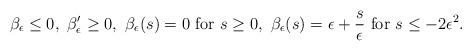
LaTeX: \begin{align*}\beta_{\epsilon}\leq 0 , \ \beta_{\epsilon}' \geq 0, \ \beta_{\epsilon}(s)= 0 \mbox{ for } s\geq 0, \ \beta_{\epsilon}(s)= \epsilon + \frac{s}{\epsilon} \mbox{ for } s\leq -2\epsilon^2.\end{align*}